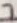
Text: 7